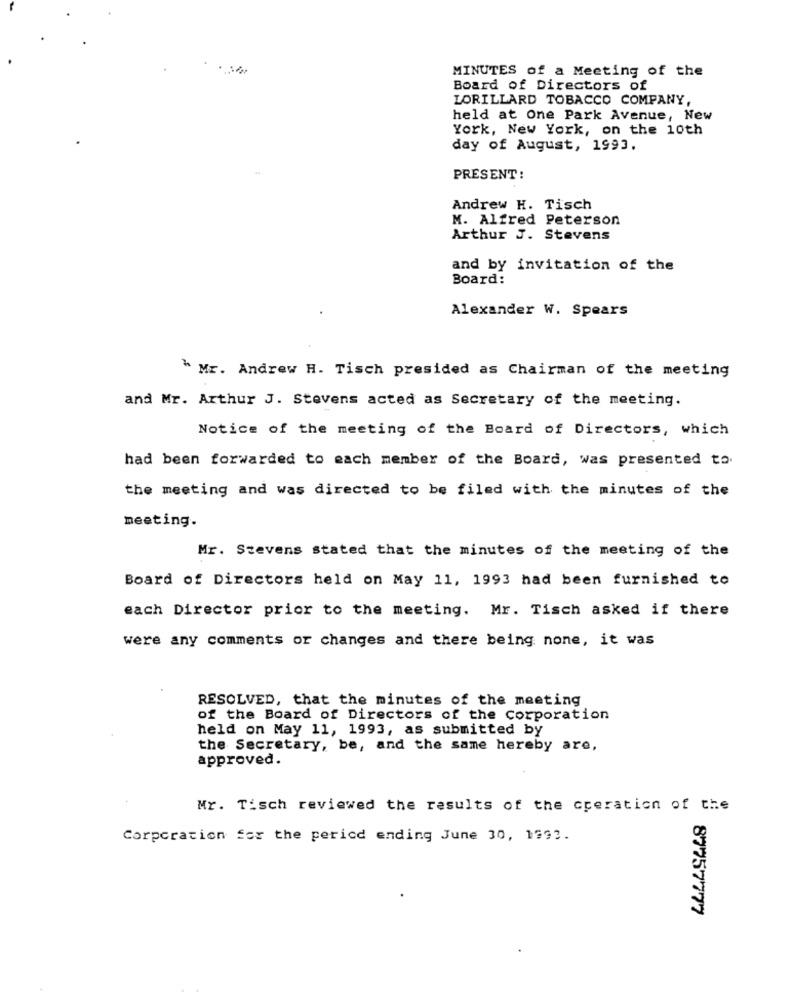
MINUTES of a Meeting of the
Board of Directors of
LORILLARD TOBACCO COMPANY,
held at One Park Avenue, New
York, New York, on the 10th
day of August, 1993.
PRESENT:
Andrew H. Tisch
M. Alfred Peterson
Arthur J. Stevens
and by invitation of the
Board:
Alexander W. Spears
W Mr. Andrew H. Tisch presided as Chairman of the meeting
and Mr. Arthur J. Stevens acted as Secretary of the meeting.
Notice of the meeting of the Board of Directors, which
had been forwarded to each member of the Board, was presented to.
the meeting and was directed to be filed with the minutes of the
meeting.
Mr. Stevens stated that the minutes of the meeting of the
Board of Directors held on May 11, 1993 had been furnished to
each Director prior to the meeting. Mr. Tisch asked if there
were any comments or changes and there being none, it was
RESOLVED, that the minutes of the meeting
of the Board of Directors of the Corporation
held on May 11, 1993, as submitted by
the Secretary, be, and the same hereby are,
approved.
Mr. Tisch reviewed the results of the operation of the
Corporation for the period ending June 30, 1993.
87757777